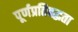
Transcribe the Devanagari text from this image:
पूर्णप्रतिबद्धता